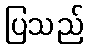
ပြသည်